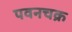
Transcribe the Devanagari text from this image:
पवनचक्र